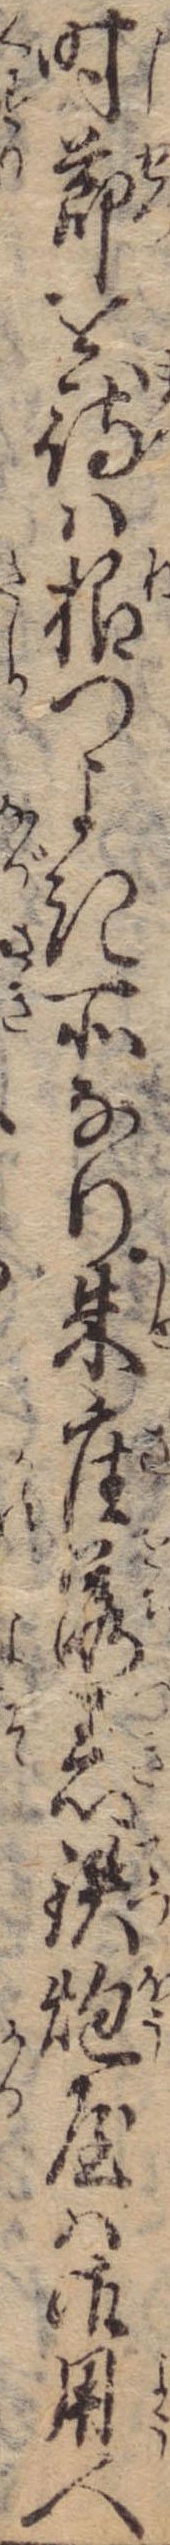
時節を待は根つよき所なり朱座落着鉄炮屋は御用人